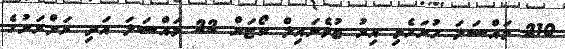
210 މައްސަލަ ހުށަހެޅި އިރު ޖުވެނައިލް ކޯޓަށް 22 މައްސަލަ އަދި ރަށްރަށުގެ